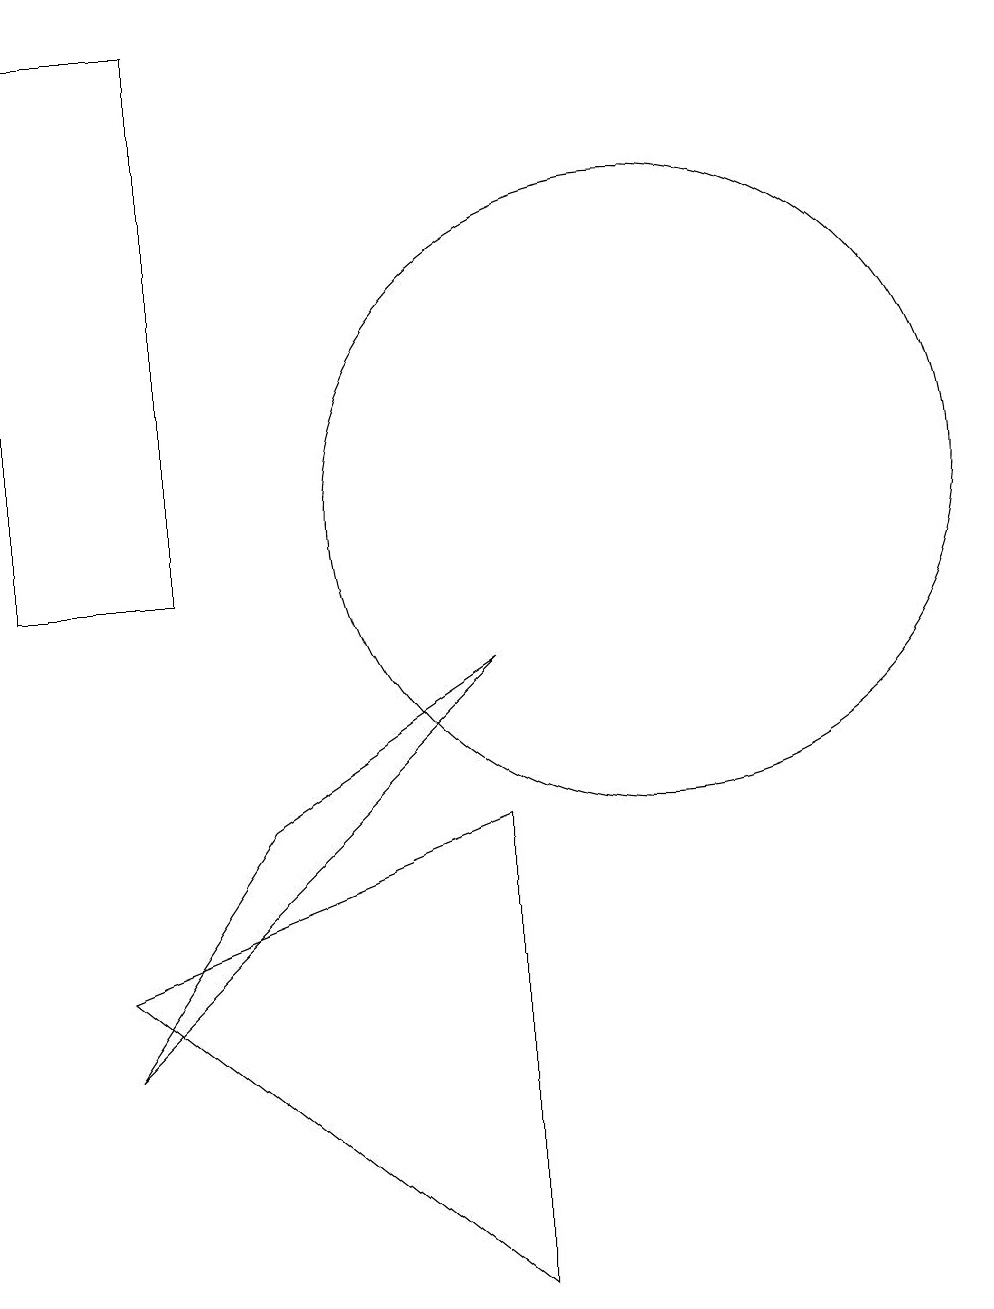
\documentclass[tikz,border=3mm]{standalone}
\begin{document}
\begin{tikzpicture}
\draw (11,11) circle (4);
\draw (9,1) -- (4,5) -- (9,7) -- cycle;
\draw (3,10) rectangle (5,17);
\draw (9,9) -- (6,7) -- (4,4) -- cycle;
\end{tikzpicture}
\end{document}